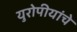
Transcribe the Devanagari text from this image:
युरोपीयांचे